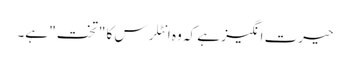
حیرت انگیز ہے کہ وہ انٹلرس کا "تخت" ہے۔